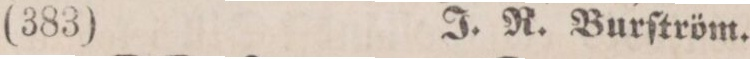
(383)    J. R. Burſtröm.